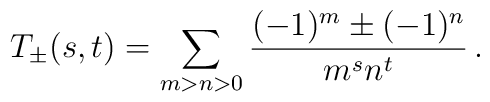
T_{\pm}(s,t)=\sum_{m>n>0}\frac{(-1)^m\pm(-1)^n}{m^s n^t}\,.